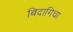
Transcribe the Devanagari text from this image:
बिदागिचा